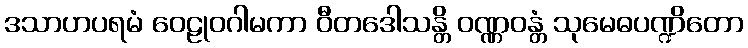
ဒသာဟပရမံ ဝေဠုဝဂါမကာ ဝီတဒေါသန္တိ ဝဏ္ဏဝန္တံ သုမေဓပဏ္ဍိတော